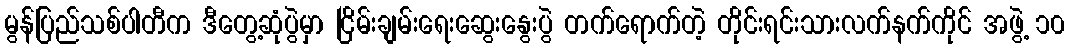
မွန်ပြည်သစ်ပါတီက ဒီတွေ့ဆုံပွဲမှာ ငြိမ်းချမ်းရေးဆွေးနွေးပွဲ တက်ရောက်တဲ့ တိုင်းရင်းသားလက်နက်ကိုင် အဖွဲ့ ၁၀